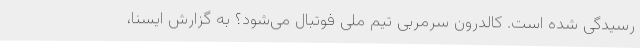
رسیدگی شده است. کالدرون سرمربی تیم ملی فوتبال می‌شود؟ به گزارش ایسنا،